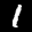
Label: 1